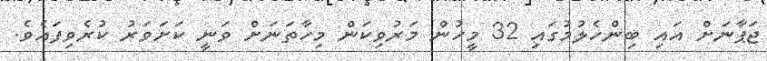
ޖަޕާނަށް އައި ބިންހެލުމުގައި 32 މީހުން މަރުވިކަން މިހާތަނަށް ވަނީ ކަށަވަރު ކުރެވިފައެވެ.